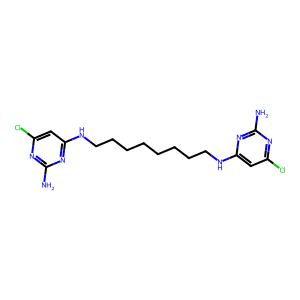
SMILES: Nc1nc(Cl)cc(NCCCCCCCCNc2cc(Cl)nc(N)n2)n1
Inhibits HIV replication: No